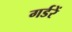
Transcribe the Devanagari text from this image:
गर्डरें